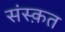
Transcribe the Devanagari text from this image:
संस्‍क़त